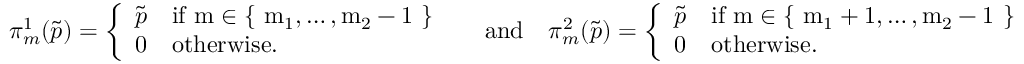
\pi _ { m } ^ { 1 } ( \tilde { p } ) = \left\{ \begin{array} { l l } { \tilde { p } } & { \mathrm { i f ~ m \in \{ ~ m _ 1 , \dots , m _ 2 - 1 ~ \} ~ } } \\ { 0 } & { \mathrm { o t h e r w i s e } . } \end{array} \right. \quad \mathrm { a n d } \quad \pi _ { m } ^ { 2 } ( \tilde { p } ) = \left\{ \begin{array} { l l } { \tilde { p } } & { \mathrm { i f ~ m \in \{ ~ m _ 1 + 1 , \dots , m _ 2 - 1 ~ \} ~ } } \\ { 0 } & { \mathrm { o t h e r w i s e } . } \end{array} \right.